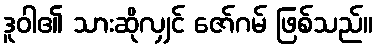
ဒူဝါ၏ သားဆိုလျှင် ဇော်ဂမ် ဖြစ်သည်။